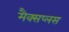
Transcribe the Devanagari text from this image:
मैक्सप्लस